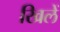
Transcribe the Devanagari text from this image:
खिलें